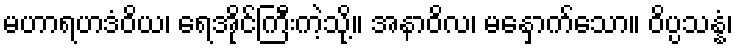
မဟာရဟဒံဝိယ၊ ရေအိုင်ကြီးကဲ့သို့။ အနာဝိလ၊ မနှောက်သော။ ဝိပ္ပသန္နံ၊